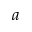
a